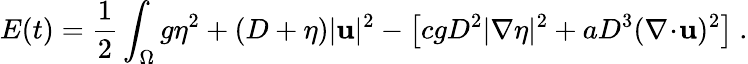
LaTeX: E(t)=\frac{1}{2}\int_{\Omega}g\eta^{2}+(D+\eta)|\mathbf{u}|^{2}-\left[cgD^{2}|\nabla\eta|^{2}+aD^{3}(\nabla\! \cdot\! \mathbf{u})^{2}\right]\ .